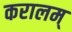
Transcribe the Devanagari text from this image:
करालम्